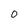
Character: O